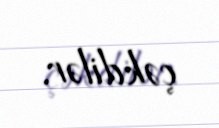
çəkdilər.